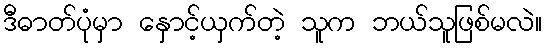
ဒီဓာတ်ပုံမှာ နှောင့်ယှက်တဲ့ သူက ဘယ်သူဖြစ်မလဲ။